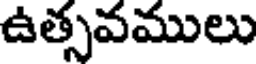
ఉత్సవములు